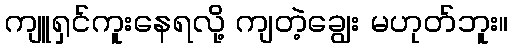
ကျူရှင်ကူးနေရလို့ ကျတဲ့ချွေး မဟုတ်ဘူး။